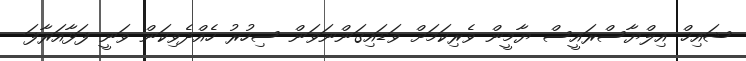
ޝައިޚް އިލްޔާސްރައީސް ޔާމީން ވެރިކަމަށް ވަޑައިގަންނަވަން ސިހުރު ހެއްދެވިކަން ވަނީ ފަޅާއަރާފަ